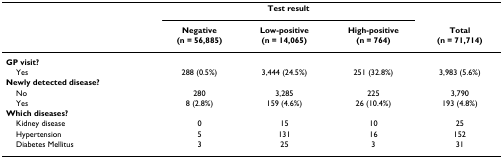
<table><thead><tr><td></td><td colspan="3"><b>Test result</b></td><td></td></tr><tr><td></td><td><b>Negative(n = 56,885)</b></td><td><b>Low-positive(n = 14,065)</b></td><td><b>High-positive(n = 764)</b></td><td><b>Total(n = 71,714)</b></td></tr></thead><tbody><tr><td><b>GP visit?</b></td><td></td><td></td><td></td><td></td></tr><tr><td> Yes</td><td>288 (0.5%)</td><td>3,444 (24.5%)</td><td>251 (32.8%)</td><td>3,983 (5.6%)</td></tr><tr><td><b>Newly detected disease?</b></td><td></td><td></td><td></td><td></td></tr><tr><td> No</td><td>280</td><td>3,285</td><td>225</td><td>3,790</td></tr><tr><td> Yes</td><td>8 (2.8%)</td><td>159 (4.6%)</td><td>26 (10.4%)</td><td>193 (4.8%)</td></tr><tr><td><b>Which diseases?</b></td><td></td><td></td><td></td><td></td></tr><tr><td> Kidney disease</td><td>0</td><td>15</td><td>10</td><td>25</td></tr><tr><td> Hypertension</td><td>5</td><td>131</td><td>16</td><td>152</td></tr><tr><td> Diabetes Mellitus</td><td>3</td><td>25</td><td>3</td><td>31</td></tr></tbody></table>